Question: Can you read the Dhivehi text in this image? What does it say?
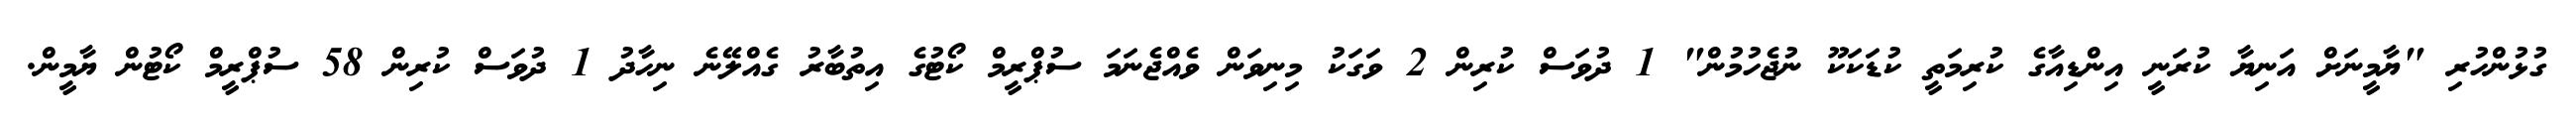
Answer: ގުޅުންހުރި "ޔާމީނަށް އަނިޔާ ކުރަނީ އިންޑިއާގެ ކުރިމަތީ ކުޑަކަކޫ ނުޖެހުމުން" 1 ދުވަސް ކުރިން 2 ވަގަކު މިނިވަން ވެއްޖެނަމަ ސުޕްރީމް ކޯޓުގެ އިތުބާރު ގެއްލޭނެ ނިހާދު 1 ދުވަސް ކުރިން 58 ސުޕްރީމް ކޯޓުން ޔާމީން.